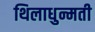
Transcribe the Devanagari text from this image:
थिलाधुन्मती